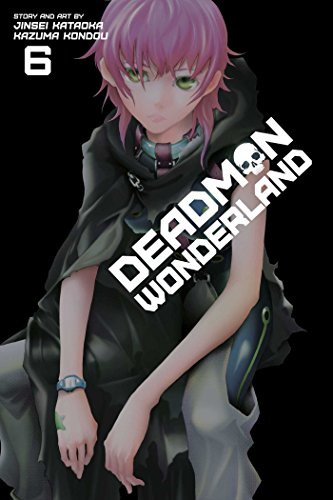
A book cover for Deadman Wonderland, Vol. 6; Jinsei Kataoka; Comics & Graphic Novels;